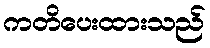
ကတိပေးထားသည်